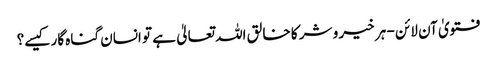
فتویٰ آن لائن - ہر خیر و شر کا خالق اللہ تعالیٰ ہے تو انسان گناہ گار کیسے؟